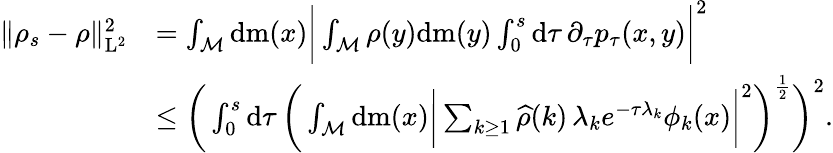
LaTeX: \begin{array}{rl}{\| \rho_{s}-\rho\| _{\mathrm{L}^{2}}^{2}}&{=\int_{\mathcal{M}}\mathrm{d}\mathrm{m}(x)\bigg\vert\int_{\mathcal{M}}\rho(y)\mathrm{d}\mathrm{m}(y)\int_{0}^{s}\mathrm{d}\tau\, \partial_{\tau}p_{\tau}(x,y)\bigg\vert^{2}}\\ &{\leq\bigg(\int_{0}^{s}\mathrm{d}\tau\, \bigg(\int_{\mathcal{M}}\mathrm{d}\mathrm{m}(x)\bigg\vert\sum_{k\geq 1}\widehat{\rho}(k)\, \lambda_{k}e^{-\tau\lambda_{k}}\phi_{k}(x)\bigg\vert^{2}\bigg)^{\frac{1}{2}}\bigg)^{2}.}\end{array}